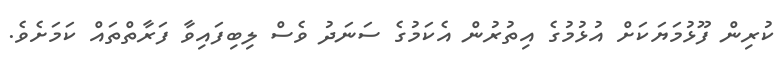
ކުރިން ފޫޅުމަޔަކަށް އުޅުމުގެ އިތުރުން އެކަމުގެ ސަނަދު ވެސް ލިބިފައިވާ ފަރާތްތައް ކަމަށެވެ.